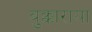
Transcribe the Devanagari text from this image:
बुक्काराया